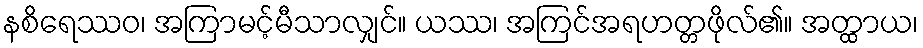
နစိရေဿဝ၊ အကြာမင့်မီသာလျှင်။ ယဿ၊ အကြင်အရဟတ္တဖိုလ်၏။ အတ္ထာယ၊